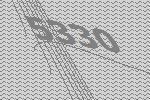
5330